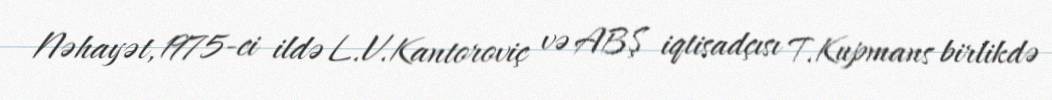
Nəhayət, 1975-ci ildə L.V.Kantoroviç və ABŞ iqtisadçısı T.Kupmans birlikdə